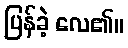
ပြန်ခဲ့ လေ၏။